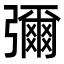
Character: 彌